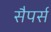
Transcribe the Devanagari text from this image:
सैपर्स